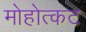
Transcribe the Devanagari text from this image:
मोहोत्कट